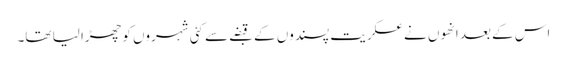
اس کے بعد انھوں نے عسکریت پسندوں کے قبضے سے کئی شہروں کو چھڑا لیا تھا۔